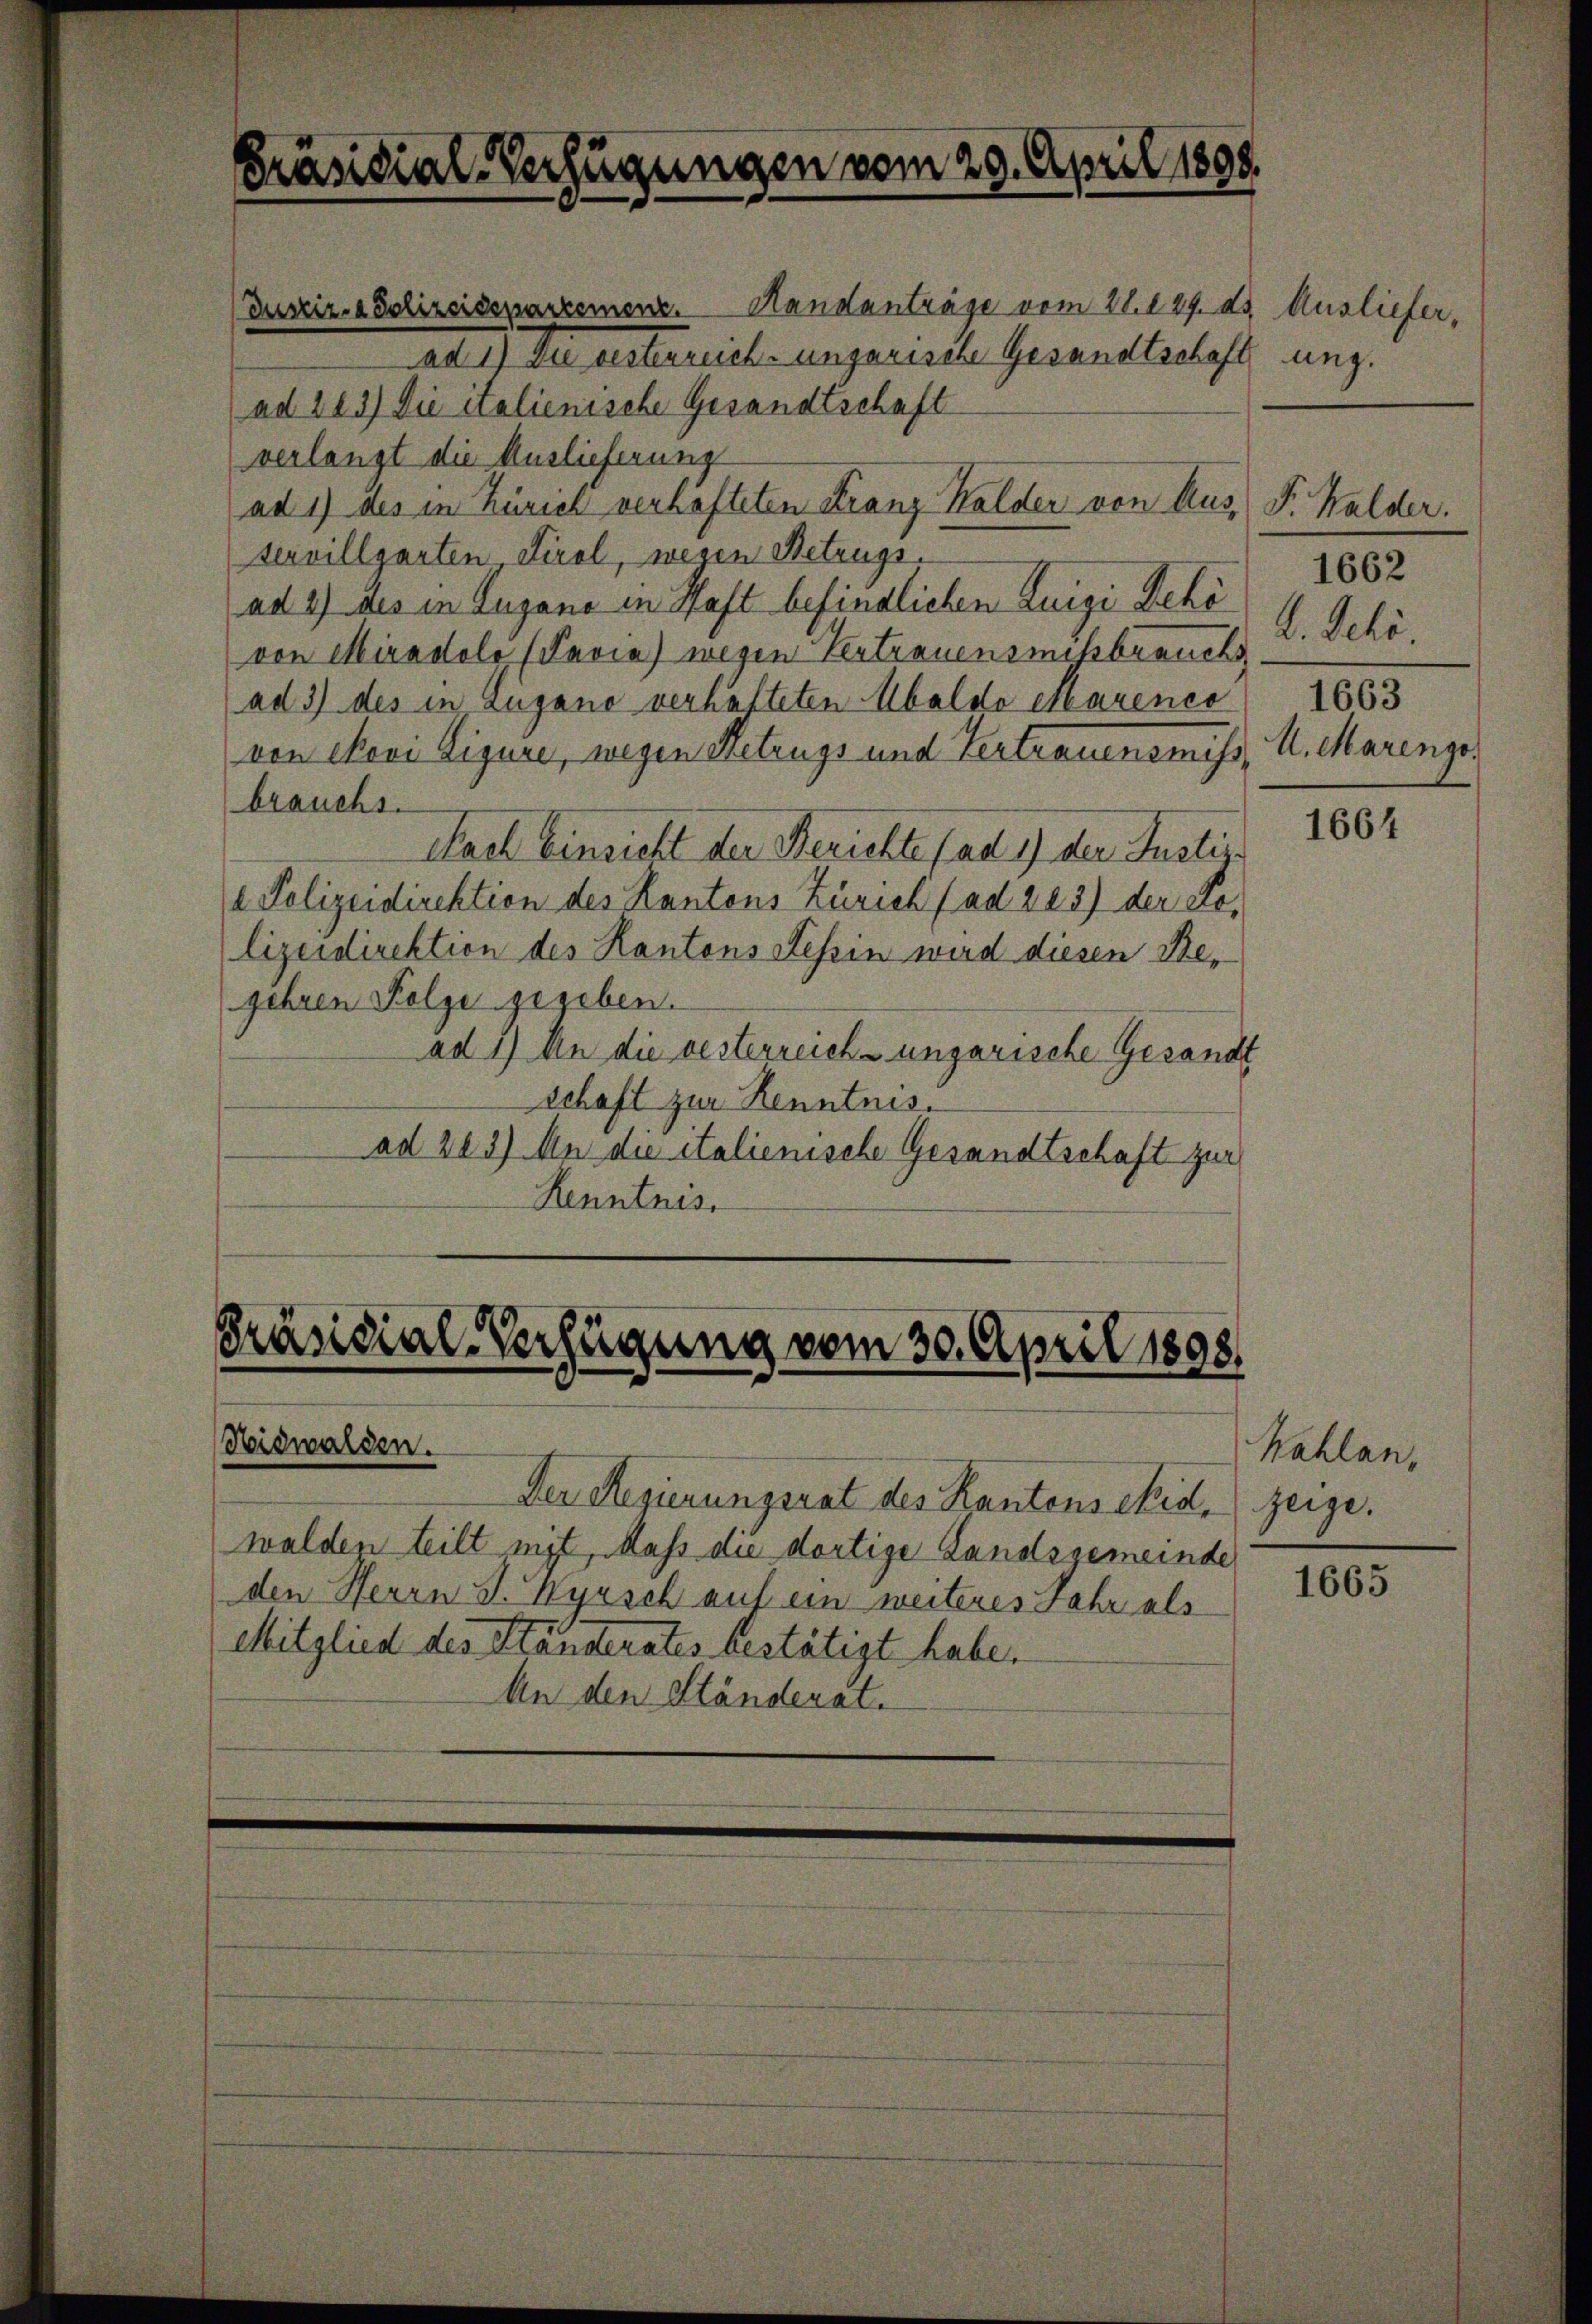
Präsidial-Verfügungen vom 29. April 1898.

(Justiz- & Polizeidepartement. Handanträge vom 21. 129. ds.
ad 1) Die gesterreich-ungarische Gesandtschaft
ad 223) Die italienische Gesandtschaft
verlangt die Auslieferung
ad 1) des in Zürich verhafteten Franz Halder von Ausservillgarten, Tirol, wesen Betrugs.
ad 2) des in Lugano in Haft befindlichen Luigi Behö
von Miradolo (Pavia) wegen Vertrauensmissbrauchs D. Schöad 3) des in Lugano verhafteten Abaldo Marenco
von Mevi Figure, wegen Metrugs und Vertrauensmiss
brauchs.
Nach Einsicht der Berichte (ad 1) der Justiz¬
 Polizeidirektion des Kantons Zürich (ad 223) der Lolizeidirektion des Kantons Tessin wird diesen Begehren Folge gegeben.
ad 1) An die vesterreich-ungarische Gesandt
schaft zur Kenntnis.
ad 203) An die italienische Gesandtschaft zur
Kenntnis.

Präsidial-Verfügung vom 30. April 1898/
Nidwalden.

Der Regierungsrat des Kantons eid.
walden teilt inst, Mass die dortige Landsgemeinde
den Herrn J. Wyrsch auf ein weiteres Jahr als
Mitglied des Ständerates bestätigt habe.
An den Ständerat.

Ausliefer,
ung.

F. Walder.
1662
1663
U. Marengo

1664

Kahlan,
zeige.

1665